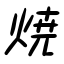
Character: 焼